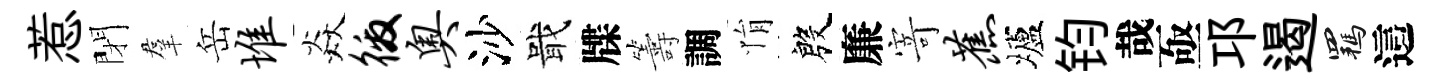
惹閉羣岳堆焱徼奥沙戢牒籌調悁殷廉𭔃蕉壚钧哉亟邛遏羈這